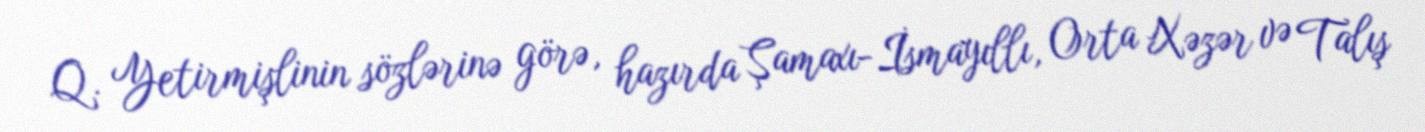
Q. Yetirmişlinin sözlərinə görə, hazırda Şamaxı-İsmayıllı, Orta Xəzər və Talış